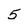
Character: 5